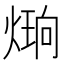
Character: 𪹔